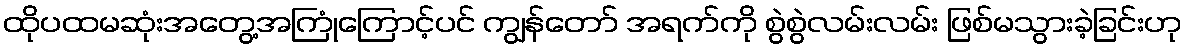
ထိုပထမဆုံးအတွေ့အကြုံကြောင့်ပင် ကျွန်တော် အရက်ကို စွဲစွဲလမ်းလမ်း ဖြစ်မသွားခဲ့ခြင်းဟု